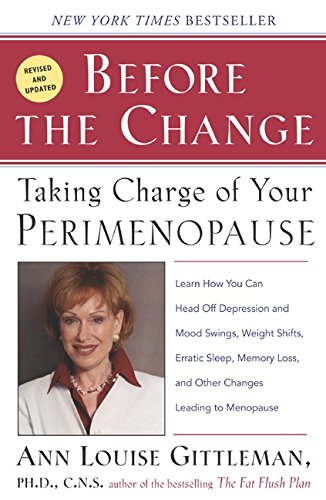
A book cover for Before the Change: Taking Charge of Your Perimenopause; Ann Louise Gittleman; Self-Help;